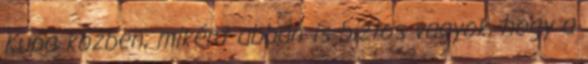
Kupa közben, miként abban is biztos vagyok, hogy a